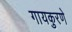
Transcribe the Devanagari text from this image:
गायकुरणे